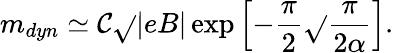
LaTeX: m_{dyn}\simeq\mathcal{C}\sqrt{}{{|eB|}}\exp\left[-{\frac{{\pi}}{{2}}}\sqrt{}{{\frac{{\pi}}{{2\alpha}}}}\right].